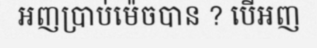
អញប្រាប់ម៉េចបាន ? បើអញ